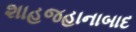
શાહજહાનાબાદ